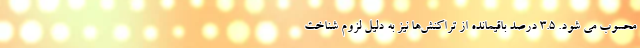
محسوب می ­شود. 3.5 درصد باقیمانده از تراکنش‌ها نیز به دلیل لزوم شناخت